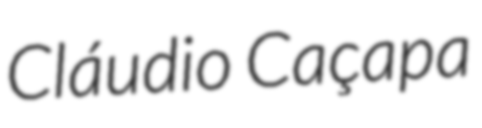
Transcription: Cláudio Caçapa